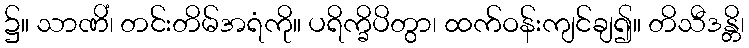
၌။ သာဏိံ၊ တင်းတိမ်အရံကို။ ပရိက္ခိပိတွာ၊ ထက်ဝန်းကျင်ချ၍။ တိသီဒန္တိ၊